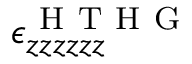
\epsilon _ { z z z z z z } ^ { \mathrm { ~ H ~ T ~ H ~ G ~ } }